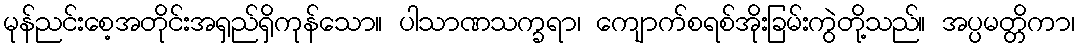
မုန်ညင်းစေ့အတိုင်းအရှည်ရှိကုန်သော။ ပါသာဏသက္ခရာ၊ ကျောက်စရစ်အိုးခြမ်းကွဲတို့သည်။ အပ္ပမတ္တိကာ၊